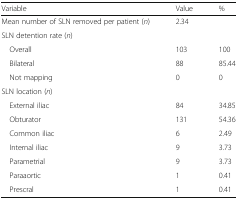
<table><thead><tr><td><b>Variable</b></td><td><b>Value</b></td><td><b>%</b></td></tr></thead><tbody><tr><td>Mean number of SLN removed per patient (<i>n</i>)</td><td>2.34</td><td></td></tr><tr><td colspan="3">SLN detention rate (<i>n</i>)</td></tr><tr><td> Overall</td><td>103</td><td>100</td></tr><tr><td> Bilateral</td><td>88</td><td>85.44</td></tr><tr><td> Not mapping</td><td>0</td><td>0</td></tr><tr><td colspan="3">SLN location (<i>n</i>)</td></tr><tr><td> External iliac</td><td>84</td><td>34.85</td></tr><tr><td> Obturator</td><td>131</td><td>54.36</td></tr><tr><td> Common iliac</td><td>6</td><td>2.49</td></tr><tr><td> Internal iliac</td><td>9</td><td>3.73</td></tr><tr><td> Parametrial</td><td>9</td><td>3.73</td></tr><tr><td> Paraaortic</td><td>1</td><td>0.41</td></tr><tr><td> Prescral</td><td>1</td><td>0.41</td></tr></tbody></table>